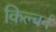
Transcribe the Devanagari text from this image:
किल्बर्न